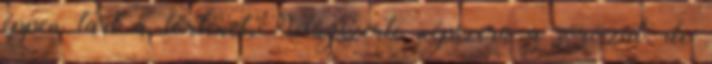
éppen tart a történet. Világszerte népszerű a sorozat, de